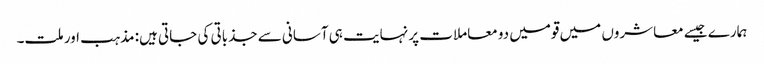
ہمارے جیسے معاشروں میں قومیں دو معاملات پر نہایت ہی آسانی سے جذباتی کی جاتی ہیں: مذہب اور ملت۔